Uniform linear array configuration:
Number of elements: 32
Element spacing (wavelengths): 0.5
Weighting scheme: uniform
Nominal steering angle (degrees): -15
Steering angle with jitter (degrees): -14.253
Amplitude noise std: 0.05
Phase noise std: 0.05

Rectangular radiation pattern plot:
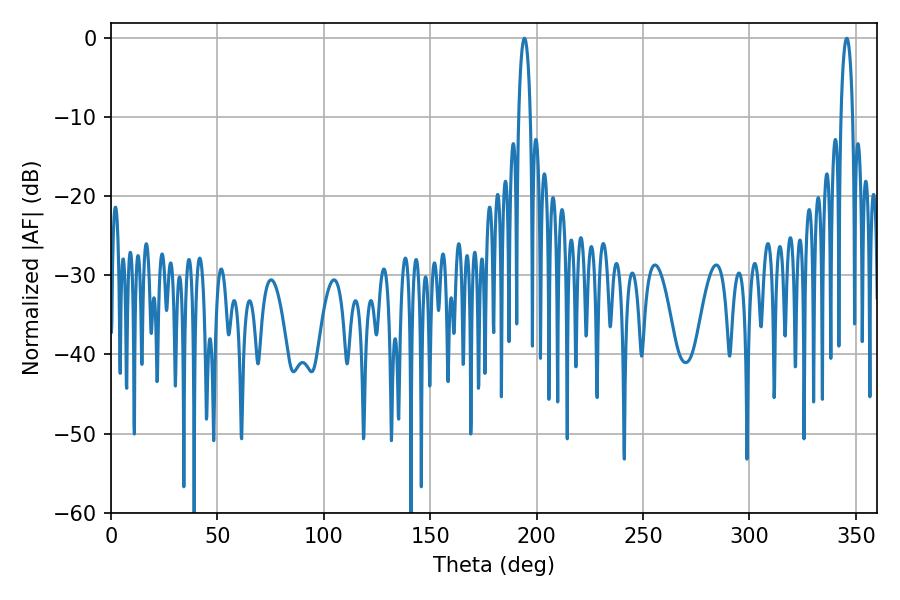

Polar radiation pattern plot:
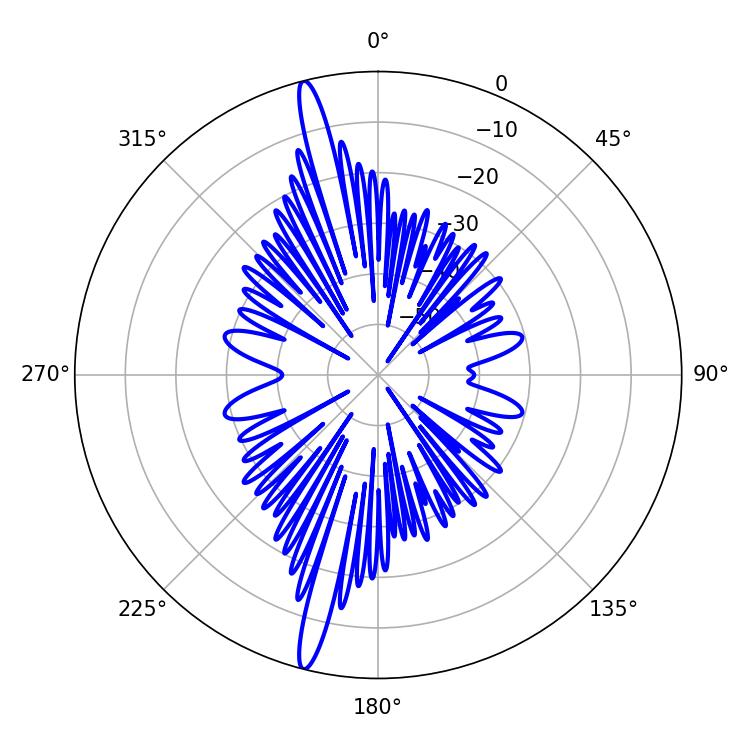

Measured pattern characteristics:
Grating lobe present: FALSE
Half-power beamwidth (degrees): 3.06
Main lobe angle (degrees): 194.22